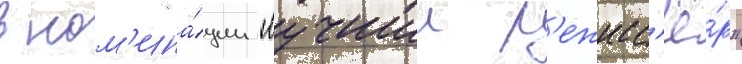
в ном'ина́ции "лучшии р'ежисс'ё́р"